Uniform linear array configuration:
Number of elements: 4
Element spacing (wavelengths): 0.75
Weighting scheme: uniform
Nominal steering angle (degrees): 15
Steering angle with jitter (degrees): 16.055
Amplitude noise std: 0.05
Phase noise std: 0.05

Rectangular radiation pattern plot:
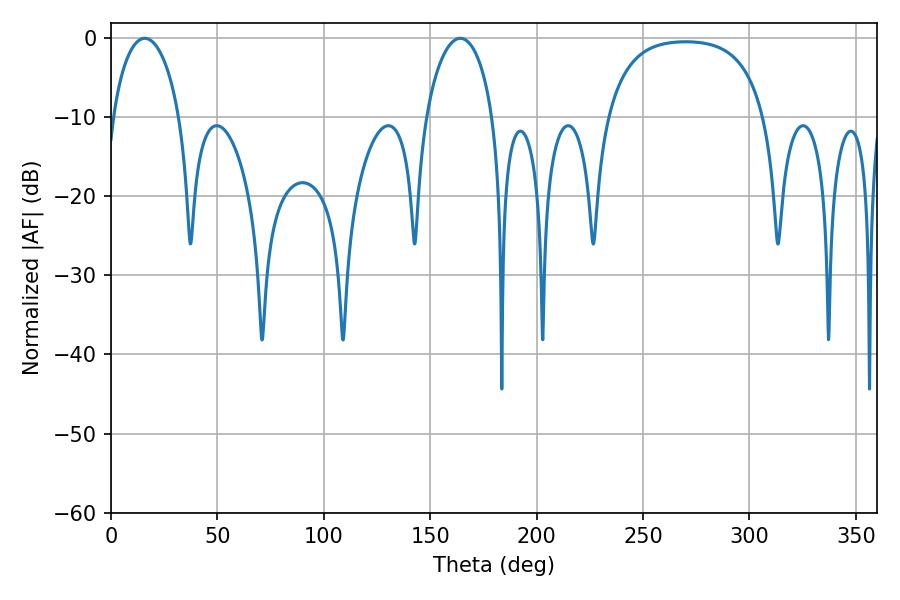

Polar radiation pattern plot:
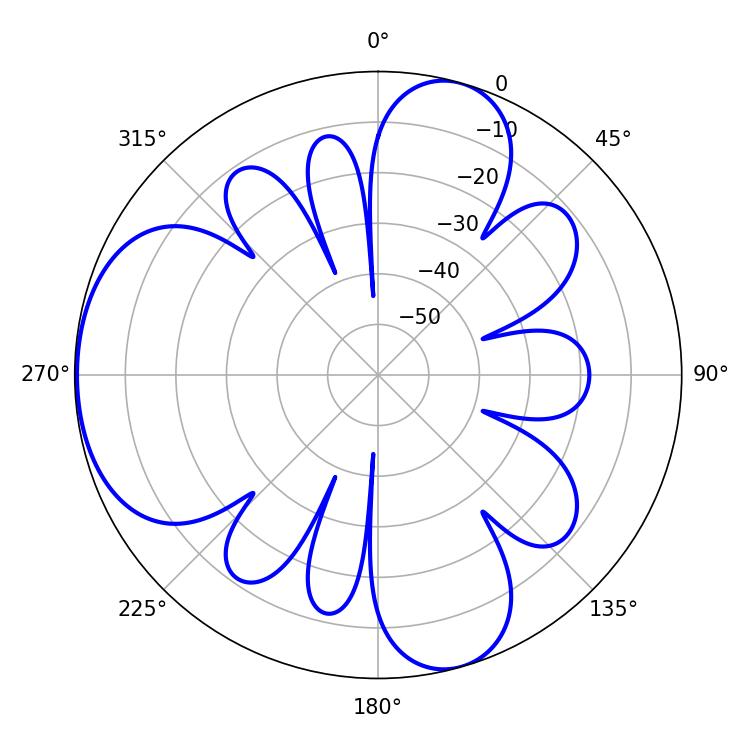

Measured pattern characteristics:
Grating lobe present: TRUE
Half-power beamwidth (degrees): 18
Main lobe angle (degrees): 15.84